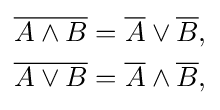
{\begin{aligned}{\overline {A\land B}}&={\overline {A}}\lor {\overline {B}},\\{\overline {A\lor B}}&={\overline {A}}\land {\overline {B}},\end{aligned}}